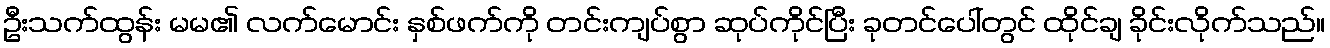
ဦးသက်ထွန်း မမ၏ လက်မောင်း နှစ်ဖက်ကို တင်းကျပ်စွာ ဆုပ်ကိုင်ပြီး ခုတင်ပေါ်တွင် ထိုင်ချ ခိုင်းလိုက်သည်။